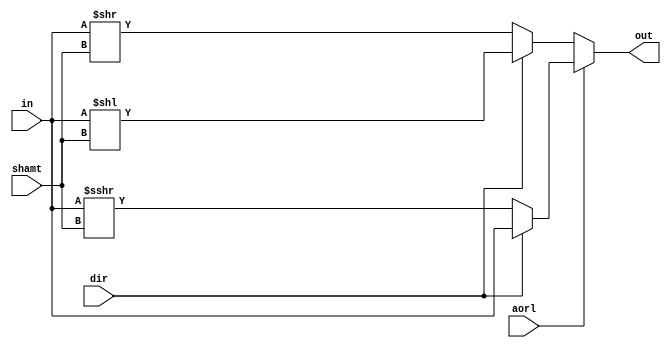
/*
   Assignment No. - 7
   KGP-RISC
   Semester - 5 (Autumn 2021-22)
   Group No. - 30
   Group Members - Ashutosh Kumar Singh (19CS30008) & Vanshita Garg (19CS10064)
*/

`timescale 1ns / 1ps

// Module to implement shift operations for the ALU
module shifter(
    input signed [31:0] in, 
    input [31:0] shamt, 
    input dir, 
    input aorl,
    output reg [31:0] out
);
    // aorl = 0 indicates logical shift and aorl = 1 indicates arithmetic shift
    // dir = 0 indicates right shift and dir = 1 indicates left shift
    always @(*) begin
        if (aorl) begin
            if (!dir) begin
                out = in >>> shamt;     // Arithmetic right shift
            end else begin
                out = in;
            end
        end else begin
            if (!dir) begin
                out = in >> shamt;      // Logical right shift
            end else begin
                out = in << shamt;      // Left shift
            end
        end
    end

endmodule